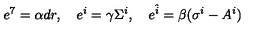
e ^ { 7 } = \alpha d r , \quad e ^ { i } = \gamma \Sigma ^ { i } , \quad e ^ { \hat { i } } = \beta ( \sigma ^ { i } - A ^ { i } )